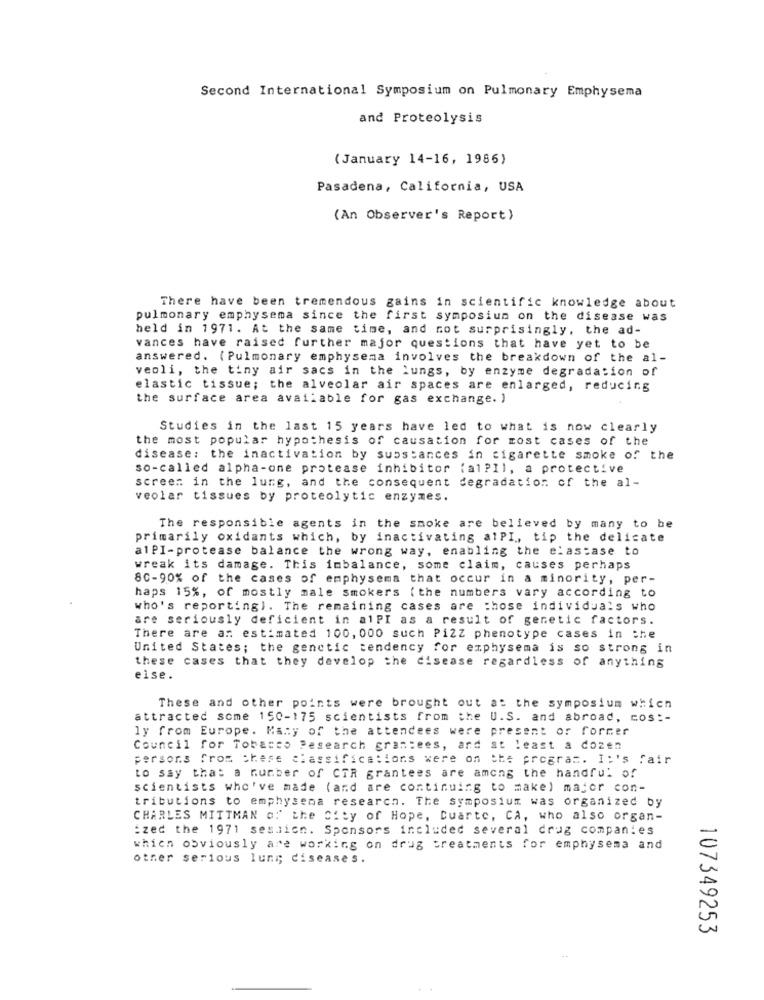
Second International Symposium on Pulmonary Emphysema
and Proteolysis
( January 14-16, 1986)
Pasadena, California, USA
(An Observer's Report)
There have been tremendous gains in scientific knowledge about
pulmonary emphysema since the first symposium on the disease was
held in 1971. At the same time, and not surprisingly, the ad-
vances have raised further major questions that have yet to be
answered. (Pulmonary emphysema involves the breakdown of the al-
veoli, the tiny air sacs in the lungs, by enzyme degradation of
elastic tissue; the alveolar air spaces are enlarged, reducing
the surface area available for gas exchange. )
Studies in the last 15 years have led to what is now clearly
the most popular hypothesis of causation for most cases of the
disease: the inactivation by substances in cigarette smoke of the
so-called alpha-one protease inhibitor (al?Il, a protective
screen in the lung, and the consequent degradation of the al-
veolar tissues by proteolytic enzymes.
The responsible agents in the smoke are believed by many to be
primarily oxidants which, by inactivating alPI, tip the delicate
alPI-protease balance the wrong way, enabling the elastase to
wreak its damage. This imbalance, some claim, causes perhaps
80-90% of the cases of emphysema that occur in a minority, per-
haps 15%, of mostly male smokers ( the numbers vary according to
who's reporting). The remaining cases are those individuals who
are seriously deficient in alPI as a result of genetic factors.
There are an estimated 100, 000 such Pizz phenotype cases in the
United States; the genetic tendency for emphysema is so strong in
these cases that they develop the disease regardless of anything
eise.
These and other points were brought out at the symposium which
attracted some 150-175 scientists from the U.S. and abroad, cos :-
ly from Europe. Many of the attendees were present or former
Council for Tobacco Pesearch grantees, ard at least a dozen
persons From these classifications were on the program. I:'s fair
to say that a number of CTR grantees are among the handful of
scientists who've made (and are continuing to make) major con-
tributions to emphysema research. The symposium was organized by
CHARLES MITTMAN of the City of Hope, Duarte, CA, who also organ-
:zed the 1971 session. Sponsors included several drug companies
which obviously are working on drug treatments for emphysema and
other serious luni; diseases.
107349253